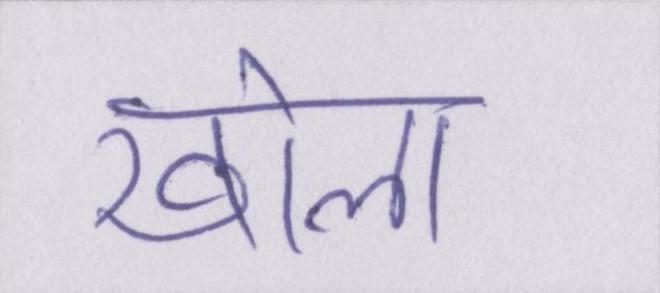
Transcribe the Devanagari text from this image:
खोला